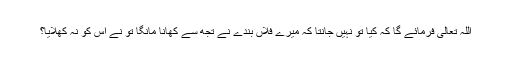
اللہ تعالیٰ فرمائے گا کہ کیا تو نہیں جانتا کہ میرے فلاں بندے نے تجھ سے کھانا مانگا تو نے اس کو نہ کھلایا؟